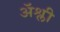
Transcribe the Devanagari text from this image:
ॲश्ली